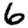
Digit: 6